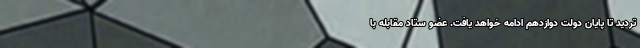
تردید تا پایان دولت دوازدهم ادامه خواهد یافت. عضو ستاد مقابله با